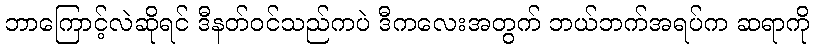
ဘာကြောင့်လဲဆိုရင် ဒီနတ်ဝင်သည်ကပဲ ဒီကလေးအတွက် ဘယ်ဘက်အရပ်က ဆရာကို